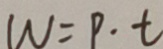
W = p \cdot t